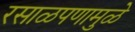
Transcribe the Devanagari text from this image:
रसाळपणामुळे